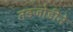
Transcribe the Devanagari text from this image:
तडजोडीने